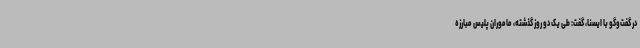
در گفت‌وگو با ایسنا، گفت: طی یک دو روز گذشته، ماموران پلیس مبارزه